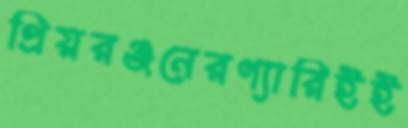
প্রিয়রঞ্জনেরগ্যারিইই